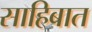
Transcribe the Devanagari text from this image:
साहिबात